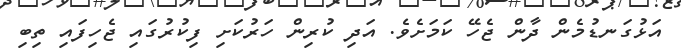
އަޅުގަނޑުމެން ދާން ޖެހޭ ކަމަށެވެ. އަދި ކުރިން ހަރުކަށި ފިކުރުގައި ޖެހިފައި ތިބި